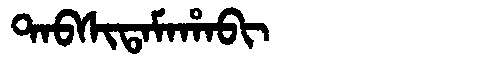
Manchu: ᡨᠠᠪᠰᡳᡨᠠᠮᠠᡥᠠᠪᡳ
Romanization: TABSITAMAHABI